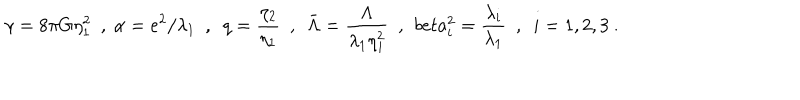
\gamma = 8 \pi G \eta _ { 1 } ^ { 2 } \ \ , \ \alpha = e ^ { 2 } / \lambda _ { 1 } \ \ , \ \ q = \frac { \eta _ { 2 } } { \eta _ { 1 } } \ \ , \ \ { \bar { \Lambda } } = \frac \Lambda { \lambda _ { 1 } \eta _ { 1 } ^ { 2 } } \ \ , \ \, b e t a _ { i } ^ { 2 } = \frac { \lambda _ { i } } { \lambda _ { 1 } } \ \ , \ \ i = 1 , 2 , 3 \ .